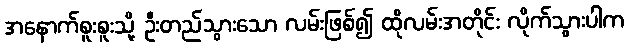
အနောက်စူးစူးသို့ ဦးတည်သွားသော လမ်းဖြစ်၍ ထိုလမ်းအတိုင်း လိုက်သွားပါက